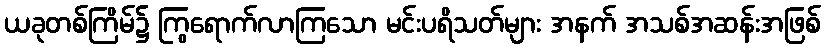
ယခုတစ်ကြိမ်၌ ကြွရောက်လာကြသော မင်းပရိသတ်များ အနက် အသစ်အဆန်းအဖြစ်